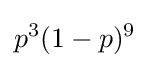
p^{3}(1-p)^{9}~